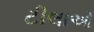
ટીલાઓ